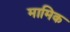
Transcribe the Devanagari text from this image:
मामिक